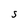
Character: S